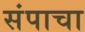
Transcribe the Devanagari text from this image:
संपाचा